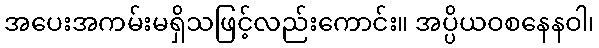
အပေးအကမ်းမရှိသဖြင့်လည်းကောင်း။ အပ္ပိယဝစနေနဝါ၊